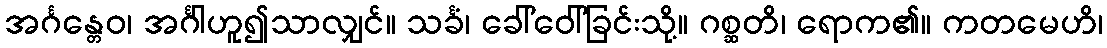
အင်္ဂန္တေဝ၊ အင်္ဂါဟူ၍သာလျှင်။ သင်္ခံ၊ ခေါ်ဝေါ်ခြင်းသို့။ ဂစ္ဆတိ၊ ရောက၏။ ကတမေဟိ၊